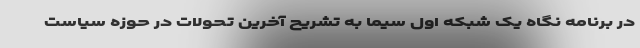
در برنامه نگاه یک شبکه اول سیما به تشریح آخرین تحولات در حوزه سیاست